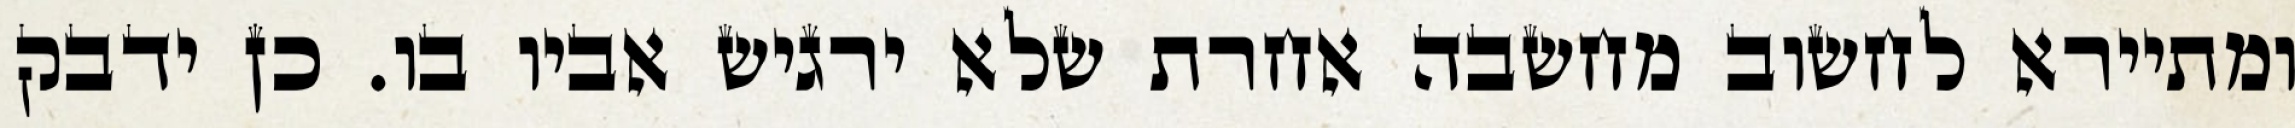
ומתיירא לחשוב מחשבה אחרת שלא ירגיש אביו בו. כן ידבק